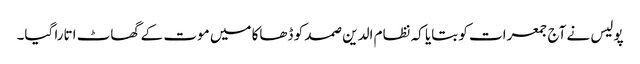
پولیس نے آج جمعرات کو بتایا کہ نظام الدین صمد کو ڈھاکا میں موت کے گھاٹ اتارا گیا۔